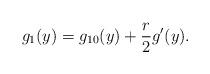
LaTeX: \begin{align*} g_1(y)=g_{10}(y) +\frac r2 g'(y).\end{align*}